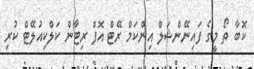
ކޮބާ ތޯ މީގެ ފައިނޭންޝަލް އިންކަމް ރޭޓް އޮފް ރިޓާން ކަލްކިއުލޭޓް ކުރި